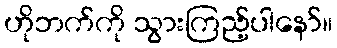
ဟိုဘက်ကို သွားကြည့်ပါနော်။